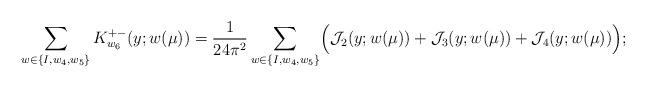
LaTeX: \begin{align*} \sum_{w \in \{I, w_4, w_5\}} K_{w_6}^{+-}(y; w(\mu)) = \frac{1}{24\pi^2} \sum_{w \in \{I, w_4, w_5\}} \Bigl( \mathcal{J}_2(y; w(\mu)) + \mathcal{J}_3(y; w(\mu)) + \mathcal{J}_4(y; w(\mu)) \Bigr) ; \end{align*}